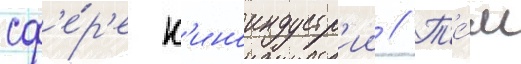
сф'е́р'е к'иноиндустр'ии // Т'е́м